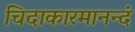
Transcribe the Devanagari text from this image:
चिदाकारमानन्दं